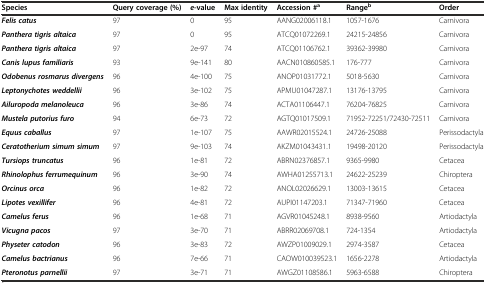
<table><thead><tr><td><b>Species</b></td><td><b>Query coverage (%)</b></td><td><b><i>e</i>-value</b></td><td><b>Max identity</b></td><td><b>Accession #<sup>a</sup></b></td><td><b>Range<sup>b</sup></b></td><td><b>Order</b></td></tr></thead><tbody><tr><td><b><i>Felis catus</i></b></td><td>97</td><td>0</td><td>95</td><td>AANG02006118.1</td><td>1057-1676</td><td>Carnivora</td></tr><tr><td><b><i>Panthera tigris altaica</i></b></td><td>97</td><td>0</td><td>95</td><td>ATCQ01072269.1</td><td>24215-24856</td><td>Carnivora</td></tr><tr><td><b><i>Panthera tigris altaica</i></b></td><td>97</td><td>2e-97</td><td>74</td><td>ATCQ01106762.1</td><td>39362-39980</td><td>Carnivora</td></tr><tr><td><b><i>Canis lupus familiaris</i></b></td><td>93</td><td>9e-141</td><td>80</td><td>AACN010860585.1</td><td>176-777</td><td>Carnivora</td></tr><tr><td><b><i>Odobenus rosmarus divergens</i></b></td><td>96</td><td>4e-100</td><td>75</td><td>ANOP01031772.1</td><td>5018-5630</td><td>Carnivora</td></tr><tr><td><b><i>Leptonychotes weddellii</i></b></td><td>96</td><td>3e-102</td><td>75</td><td>APMU01047287.1</td><td>13176-13795</td><td>Carnivora</td></tr><tr><td><b><i>Ailuropoda melanoleuca</i></b></td><td>96</td><td>3e-86</td><td>74</td><td>ACTA01106447.1</td><td>76204-76825</td><td>Carnivora</td></tr><tr><td><b><i>Mustela putorius furo</i></b></td><td>94</td><td>6e-73</td><td>72</td><td>AGTQ01017509.1</td><td>71952-72251/72430-72511</td><td>Carnivora</td></tr><tr><td><b><i>Equus caballus</i></b></td><td>97</td><td>1e-107</td><td>75</td><td>AAWR02015524.1</td><td>24726-25088</td><td>Perissodactyla</td></tr><tr><td><b><i>Ceratotherium simum simum</i></b></td><td>97</td><td>9e-103</td><td>74</td><td>AKZM01043431.1</td><td>19498-20120</td><td>Perissodactyla</td></tr><tr><td><b><i>Tursiops truncatus</i></b></td><td>96</td><td>1e-81</td><td>72</td><td>ABRN02376857.1</td><td>9365-9980</td><td>Cetacea</td></tr><tr><td><b><i>Rhinolophus ferrumequinum</i></b></td><td>96</td><td>3e-90</td><td>74</td><td>AWHA01255713.1</td><td>24622-25239</td><td>Chiroptera</td></tr><tr><td><b><i>Orcinus orca</i></b></td><td>96</td><td>1e-82</td><td>72</td><td>ANOL02026629.1</td><td>13003-13615</td><td>Cetacea</td></tr><tr><td><b><i>Lipotes vexillifer</i></b></td><td>96</td><td>4e-81</td><td>72</td><td>AUPI01147203.1</td><td>71347-71960</td><td>Cetacea</td></tr><tr><td><b><i>Camelus ferus</i></b></td><td>96</td><td>1e-68</td><td>71</td><td>AGVR01045248.1</td><td>8938-9560</td><td>Artiodactyla</td></tr><tr><td><b><i>Vicugna pacos</i></b></td><td>97</td><td>3e-70</td><td>71</td><td>ABRR02069708.1</td><td>724-1354</td><td>Artiodactyla</td></tr><tr><td><b><i>Physeter catodon</i></b></td><td>96</td><td>3e-83</td><td>72</td><td>AWZP01009029.1</td><td>2974-3587</td><td>Cetacea</td></tr><tr><td><b><i>Camelus bactrianus</i></b></td><td>96</td><td>7e-66</td><td>71</td><td>CAOW010039523.1</td><td>1656-2278</td><td>Artiodactyla</td></tr><tr><td><b><i>Pteronotus parnellii</i></b></td><td>97</td><td>3e-71</td><td>71</td><td>AWGZ01108586.1</td><td>5963-6588</td><td>Chiroptera</td></tr></tbody></table>